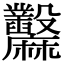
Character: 𪎲